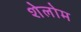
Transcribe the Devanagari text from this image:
शेलोम